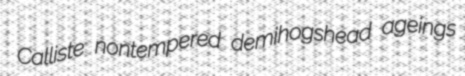
Calliste nontempered demihogshead ageings